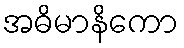
အဓိမာနိကော